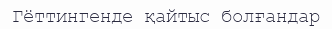
Гёттингенде қайтыс болғандар